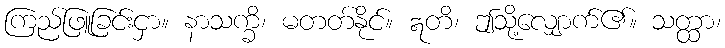
ကြည်ဖြူခြင်းငှာ။ နာသက္ခိ၊ မတတ်နိုင်။ ဣတိ၊ ဤသို့လျှောက်၏။ သတ္ထာ၊